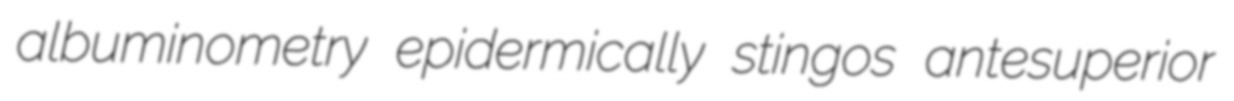
albuminometry epidermically stingos antesuperior